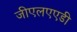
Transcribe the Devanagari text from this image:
जीएलएएडी